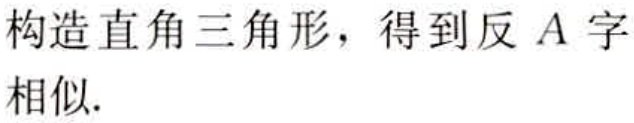
构造直角三角形，得到反 \(A\) 字相似.